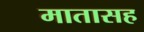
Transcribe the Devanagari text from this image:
मातासह